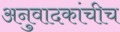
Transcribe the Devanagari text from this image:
अनुवादकांचीच